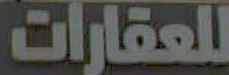
للعقارات